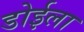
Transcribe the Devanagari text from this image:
डोईला